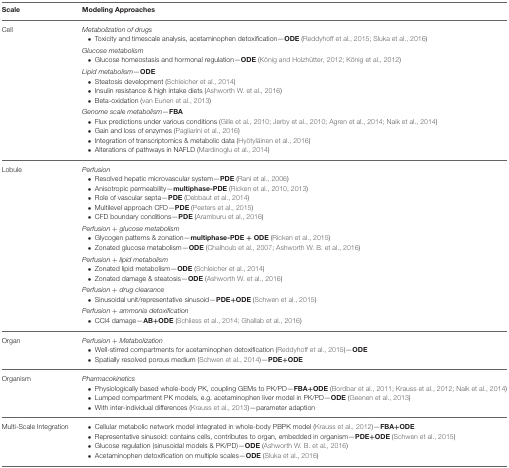
<table><thead><tr><td><b>Scale</b></td><td><b>Modeling Approaches</b></td></tr></thead><tbody><tr><td>Cell</td><td><i>Metabolization of drugs</i> • Toxicity and timescale analysis, acetaminophen detoxification—<b>ODE</b> (Reddyhoff et al., 2015; Sluka et al., 2016)</td></tr><tr><td></td><td><i>Glucose metabolism</i> • Glucose homeostasis and hormonal regulation—<b>ODE</b> (König and Holzhütter, 2012; König et al., 2012)</td></tr><tr><td></td><td><i>Lipid metabolism—</i><b>ODE</b> • Steatosis development (Schleicher et al., 2014) • Insulin resistance &amp; high intake diets (Ashworth W. et al., 2016) • Beta-oxidation (van Eunen et al., 2013)</td></tr><tr><td></td><td><i>Genome scale metabolism</i>—<b>FBA</b> • Flux predictions under various conditions (Gille et al., 2010; Jerby et al., 2010; Agren et al., 2014; Naik et al., 2014) • Gain and loss of enzymes (Pagliarini et al., 2016) • Integration of transcriptomics &amp; metabolic data (Hyötyläinen et al., 2016) • Alterations of pathways in NAFLD (Mardinoglu et al., 2014)</td></tr><tr><td>Lobule</td><td><i>Perfusion</i> • Resolved hepatic microvascular system—<b>PDE</b> (Rani et al., 2006) • Anisotropic permeability—<b>multiphase-PDE</b> (Ricken et al., 2010, 2013) • Role of vascular septa—<b>PDE</b> (Debbaut et al., 2014) • Multilevel approach CFD—<b>PDE</b> (Peeters et al., 2015) • CFD boundary conditions—<b>PDE</b> (Aramburu et al., 2016)</td></tr><tr><td></td><td><i>Perfusion + glucose metabolism</i> • Glycogen patterns &amp; zonation—<b>multiphase-PDE</b> + <b>ODE</b> (Ricken et al., 2015) • Zonated glucose metabolism—<b>ODE</b> (Chalhoub et al., 2007; Ashworth W. B. et al., 2016)</td></tr><tr><td></td><td><i>Perfusion + lipid metabolism</i> • Zonated lipid metabolism—<b>ODE</b> (Schleicher et al., 2014) • Zonated damage &amp; steatosis—<b>ODE</b> (Ashworth W. et al., 2016)</td></tr><tr><td></td><td><i>Perfusion + drug clearance</i> • Sinusoidal unit/representative sinusoid—<b>PDE</b>+<b>ODE</b> (Schwen et al., 2015)</td></tr><tr><td></td><td><i>Perfusion + ammonia detoxification</i> • CCl4 damage—<b>AB</b>+<b>ODE</b> (Schliess et al., 2014; Ghallab et al., 2016)</td></tr><tr><td>Organ</td><td><i>Perfusion + Metabolization</i> • Well-stirred compartments for acetaminophen detoxification (Reddyhoff et al., 2015)—<b>ODE</b> • Spatially resolved porous medium (Schwen et al., 2014)—<b>PDE</b>+<b>ODE</b></td></tr><tr><td>Organism</td><td><i>Pharmacokinetics</i> • Physiologically based whole-body PK, coupling GEMs to PK/PD—<b>FBA</b>+<b>ODE</b> (Bordbar et al., 2011; Krauss et al., 2012; Naik et al., 2014) • Lumped compartment PK models, e.g. acetaminophen liver model in PK/PD—<b>ODE</b> (Geenen et al., 2013) • With inter-individual differences (Krauss et al., 2013)—parameter adaption</td></tr><tr><td>Multi-Scale Integration</td><td>• Cellular metabolic network model integrated in whole-body PBPK model (Krauss et al., 2012)—<b>FBA</b>+<b>ODE</b> • Representative sinusoid: contains cells, contributes to organ, embedded in organism—<b>PDE</b>+<b>ODE</b> (Schwen et al., 2015) • Glucose regulation (sinusoidal models &amp; PK/PD)—<b>ODE</b> (Ashworth W. B. et al., 2016) • Acetaminophen detoxification on multiple scales—<b>ODE</b> (Sluka et al., 2016)</td></tr></tbody></table>